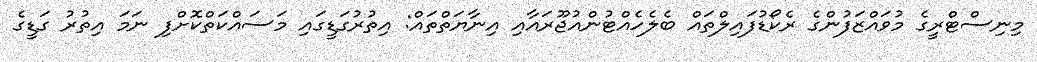
މިނިސްޓްރީގެ މުވައްޒަފުންގެ ރެކޯޑުފައިލްތައް ބެލެހެއްޓުންއުޖޫރައާއި އިނާޔަތްތައް: އިތުރުގަޑީގައި މަސައްކަތްކޮށްފި ނަމަ އިތުރު ގަޑީގެ